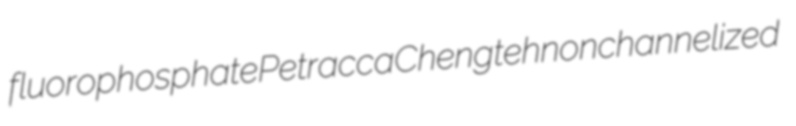
fluorophosphate Petracca Chengteh nonchannelized